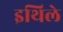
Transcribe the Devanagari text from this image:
इथिले